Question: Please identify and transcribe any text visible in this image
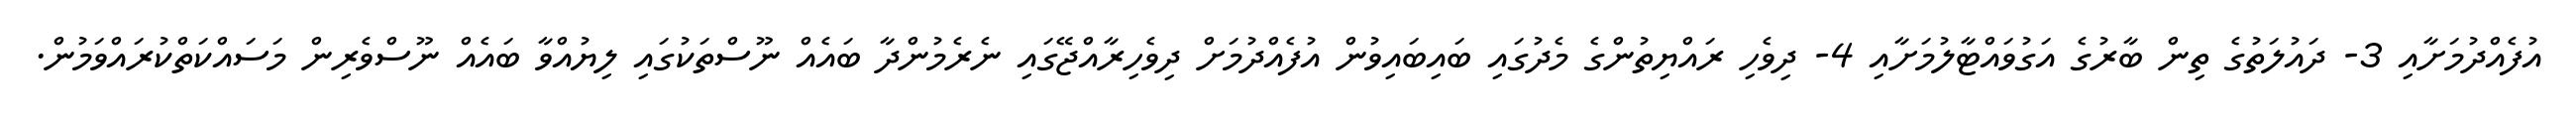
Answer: އުފެއްދުމަށާއި 3- ދައުލަތުގެ ތިން ބާރުގެ އަގުވައްޓާލުމަށާއި 4- ދިވެހި ރައްޔިތުންގެ މެދުގައި ބައިބައިވުން އުފެއްދުމަށް ދިވެހިރާއްޖޭގައި ނެރެމުންދާ ބައެއް ނޫސްތަކުގައި ލިޔުއްވާ ބައެއް ނޫސްވެރިން މަސައްކަތްކުރައްވަމުން.